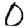
Digit: 0